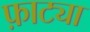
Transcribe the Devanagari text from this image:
फ़ाट्या